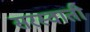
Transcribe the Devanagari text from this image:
सरस्वाती